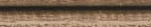
OPEN 24 HOURS